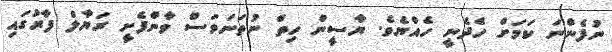
ނުފެންނަ ކަމަށް ހެދެނީ ހެއްޔެވެ. ޔާސީން ހިތް ނުތަނަވަސް ވާންފެށީ ރަޔާލް ފާރުގައި